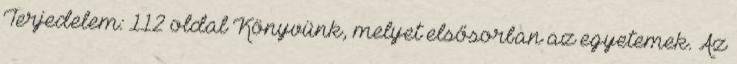
Terjedelem: 112 oldal Könyvünk, melyet elsősorban az egyetemek. Az